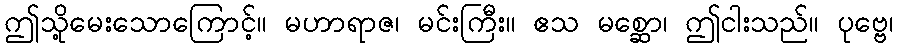
ဤသို့မေးသောကြောင့်။ မဟာရာဇ၊ မင်းကြီး။ ဧသ မစ္ဆော၊ ဤငါးသည်။ ပုဗ္ဗေ၊